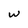
Character: w